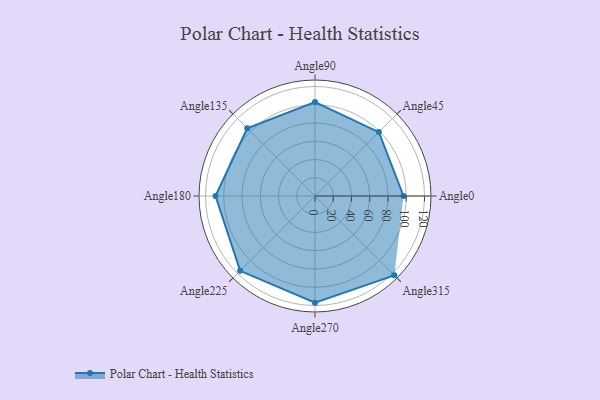
{"axis": {"x": "Angle", "y": "Radius"}, "legend": [""], "data": [{"x": "Angle0", "y": 97.0, "type": ""}, {"x": "Angle45", "y": 99.0, "type": ""}, {"x": "Angle90", "y": 103.0, "type": ""}, {"x": "Angle135", "y": 105.0, "type": ""}, {"x": "Angle180", "y": 109.0, "type": ""}, {"x": "Angle225", "y": 116.0, "type": ""}, {"x": "Angle270", "y": 117.0, "type": ""}, {"x": "Angle315", "y": 123.0, "type": ""}]}